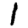
Digit: 1